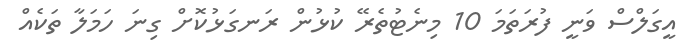
އީގަލްސް ވަނީ ފުރަތަމަ 10 މިނެޓުތެރޭ ކުޅުން ރަނގަޅުކޮށް ގިނަ ހަމަލާ ތަކެއް